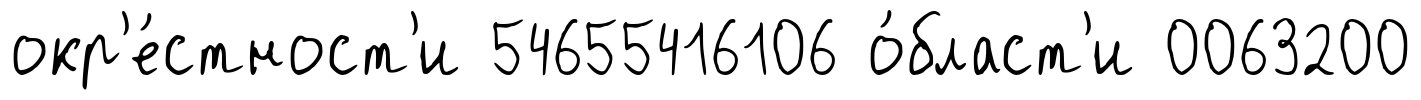
окр'е́стност'и 54655416106 о́бласт'и 0063200